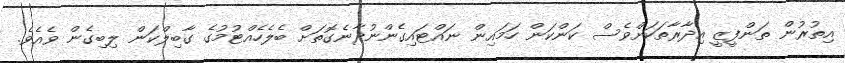
އިތުރުން ތަންފީޒީ އިދާރާތަކަށްވެސް ކަންކަން ހަމައިން ނައްޓައިގެންނުދާނެގޮތަށް ބެލެހެއްޓުމުގެ ގާބިލްކަން ލިބިގެން ވެއެވެ.